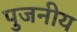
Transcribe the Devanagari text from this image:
पुजनीय